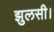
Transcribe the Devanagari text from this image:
झुलसी।